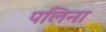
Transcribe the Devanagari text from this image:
पलिना